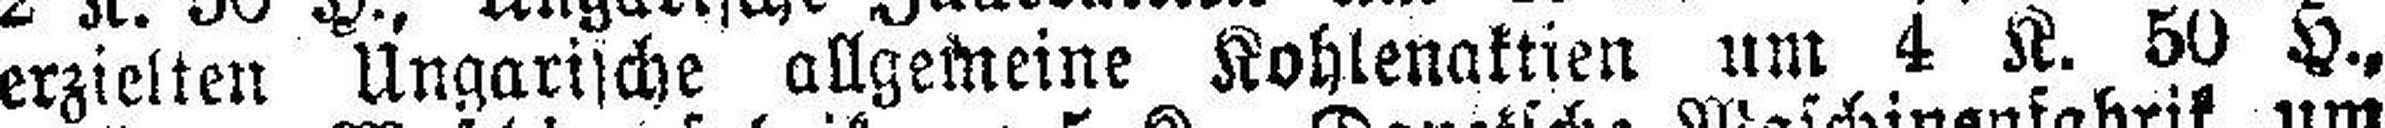
erzielten Ungarische allgemeine Kohlenaktien um 4 K. 50 H.,